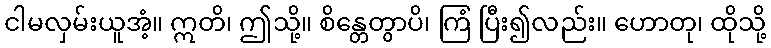
ငါမလှမ်းယူအံ့။ ဣတိ၊ ဤသို့။ စိန္တေတွာပိ၊ ကြံ ပြီး၍လည်း။ ဟောတု၊ ထိုသို့